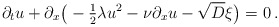
\begin{align*}\partial_t u+\partial_x\big(-\tfrac{1}{2}\lambda u^2 -\nu \partial_x u- \sqrt{D} \xi \big) = 0\,.\end{align*}